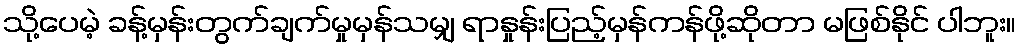
သို့ပေမဲ့ ခန့်မှန်းတွက်ချက်မှုမှန်သမျှ ရာနှုန်းပြည့်မှန်ကန်ဖို့ဆိုတာ မဖြစ်နိုင် ပါဘူး။